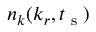
n _ { k } ( k _ { r } , t _ { \textrm { s } } )